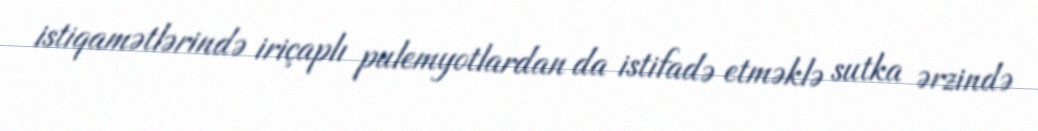
istiqamətlərində iriçaplı pulemyotlardan da istifadə etməklə sutka ərzində